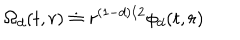
LaTeX: \Omega _ { d } ( t , r ) \doteq r ^ { ( 1 - d ) / 2 } \phi _ { d } ( t , r )